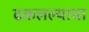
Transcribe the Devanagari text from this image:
ढकलल्याचा